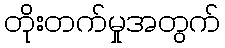
တိုးတက်မှုအတွက်